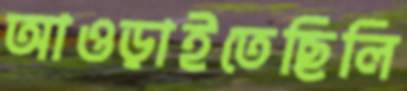
আওড়াইতেছিলি